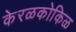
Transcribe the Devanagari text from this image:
केरळकोकिळ